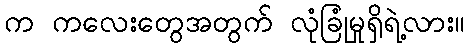
က ကလေးတွေအတွက် လုံခြုံမှုရှိရဲ့လား။